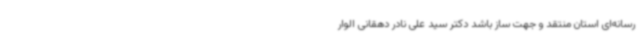
رسانه‌ای استان منتقد و جهت ساز باشد دکتر سید علی نادر دهقانی الوار